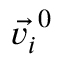
\vec { v _ { i } } ^ { 0 }